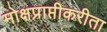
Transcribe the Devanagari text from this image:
मोक्षप्राप्तीकरीता